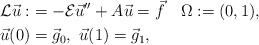
LaTeX: \begin{align*}{\cal L}\vec{u}:&= -{\cal E}\vec{u}'' + A\vec{u}= \vec{f}\quad\Omega:=(0,1),\\\vec{u}(0) &=\vec{g}_0,\ \vec{u}(1) =\vec{g}_1,\end{align*}